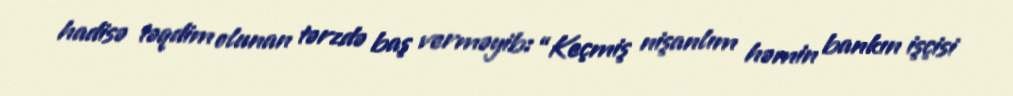
hadisə təqdim olunan tərzdə baş verməyib: “Keçmiş nişanlım həmin bankın işçisi